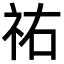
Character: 祐